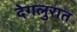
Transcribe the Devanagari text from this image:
देगलुरात